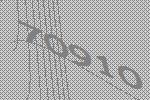
70910